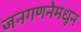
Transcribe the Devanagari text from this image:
जनगणनेमधून